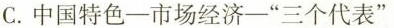
C.中国特色—市场经济—”三个代表”